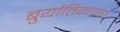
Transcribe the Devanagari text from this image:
बुर्यातियाच्या